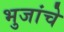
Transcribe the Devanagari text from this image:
भुजांचे